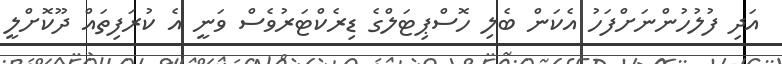
އަދި ފުލުހުންނަށްފަހު އެކަން ބެލި ހޮސްޕިޓަލްގެ ޑިރެކްޓަރުވެސް ވަނީ އެ ކުރަފިތައް ދޫކޮށްލީ